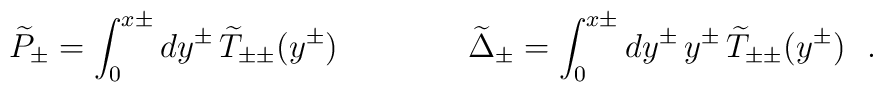
\widetilde{P}_{\pm}=\int_0^{x\pm} dy^{\pm}\, \widetilde{T}_{\pm\pm}(y^{\pm})\qquad\qquad\widetilde{\Delta}_{\pm}=\int_0^{x\pm} dy^{\pm}\,y^{\pm}\,\widetilde{T}_{\pm\pm}(y^{\pm})\ \ .